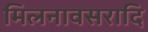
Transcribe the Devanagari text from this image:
मिलनावसरादि